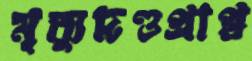
মৃত্যুদণ্ডপ্রাপ্ত